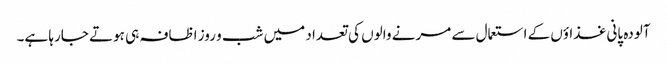
آلودہ پانی غذاؤں کے استعمال سے مرنے والوں کی تعداد میں شب و روز اظافہ ہی ہوتے جارہا ہے۔